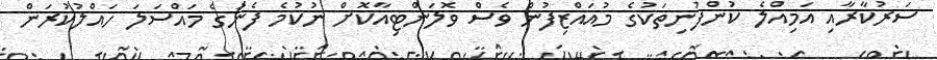
ސަރުކާރާއި އަމިއްލެ ކުންފުނިތަކުގެ މުއައްޒިފުން ވެސް ވޮލަންޓިއާކޮށް ނުކުމެ ފެނުގެ މައްސަލަ ހައްލުކުރަން